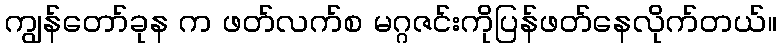
ကျွန်တော်ခုန က ဖတ်လက်စ မဂ္ဂဇင်းကိုပြန်ဖတ်နေလိုက်တယ်။